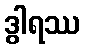
ဒွါရဿ